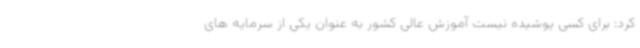
کرد: برای کسی پوشیده نیست آموزش عالی کشور به عنوان یکی از سرمایه های